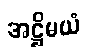
အဋ္ဌိမယံ